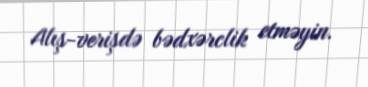
Alış-verişdə bədxərclik etməyin.